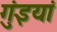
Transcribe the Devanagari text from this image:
गुंइयां